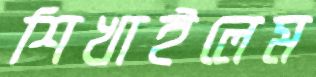
শিখাইলেম